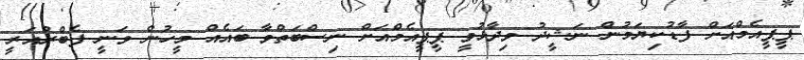
ޕީޕީއެމްއަށް ފާޑުކިޔަމުން ނަޝީދު ވިދާޅުވީ ޕީޕީއެމްއަށް ނިސްބަތްވާ ބައެއް މީހުން ވަނީ ފެބްރުއަރީ